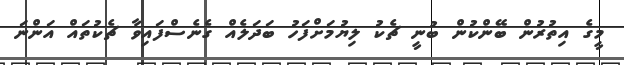
މީގެ އިތުރުން ބޭންކުން ބުނީ ޗެކު ލިޔުމަށްފަހު ބަދަލެއް ގެނެސްފައިވާ ޗެކުތައް އަންނަ